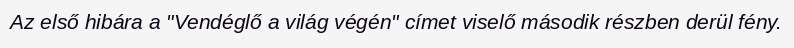
Az első hibára a "Vendéglő a világ végén" címet viselő második részben derül fény.